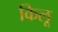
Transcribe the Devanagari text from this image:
किलू